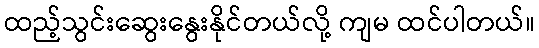
ထည့်သွင်းဆွေးနွေးနိုင်တယ်လို့ ကျမ ထင်ပါတယ်။